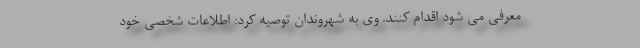
معرفی می شود اقدام کنند. وی به شهروندان توصیه کرد: اطلاعات شخصی خود